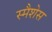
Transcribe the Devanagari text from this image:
स्मैशेस